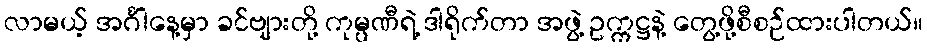
လာမယ့် အင်္ဂါနေ့မှာ ခင်ဗျားတို့ ကုမ္ပဏီရဲ့ ဒါရိုက်တာ အဖွဲ့ ဥက္ကဋ္ဌနဲ့ တွေ့ဖို့စီစဉ်ထားပါတယ်။